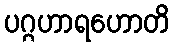
ပဂ္ဂဟာရဟောတိ